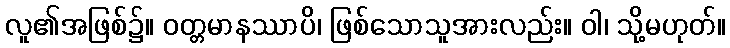
လူ၏အဖြစ်၌။ ဝတ္တမာနဿာပိ၊ ဖြစ်သောသူအားလည်း။ ဝါ၊ သို့မဟုတ်။